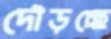
দৌড়চ্ছে